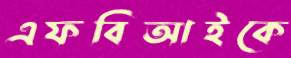
এফবিআইকে